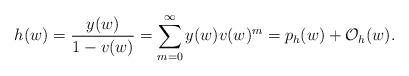
LaTeX: \begin{align*} h(w)=\frac{y(w)}{1-v(w)}=\sum_{m=0}^\infty y(w)v(w)^m=p_h(w)+{\cal O}_h(w).\end{align*}